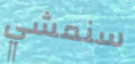
سنمشي